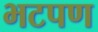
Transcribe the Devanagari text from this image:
भटपण